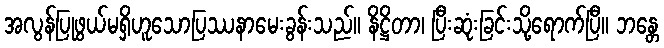
အလွန်ပြုဖွယ်မရှိဟူသောပြဿနာမေးခွန်းသည်။ နိဋ္ဌိတာ၊ ပြီးဆုံးခြင်းသို့ရောက်ပြီ။ ဘန္တေ